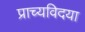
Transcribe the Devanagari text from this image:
प्राच्यविदया